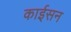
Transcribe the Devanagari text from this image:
काईसन